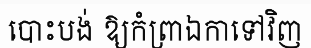
បោះបង់ ឱ្យកំព្រាឯកាទៅវិញ